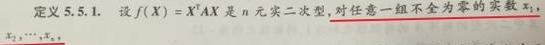
定义 5.5.1. 设$f(X)=X^TAX$是$n$元实二次型, 对任意一组不全为零的实数$x_1,$$x_2,\cdots,x_n,$